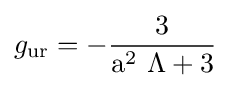
g_{\rm {ur}}={\rm {-{\frac {3}{a^{2}\ \Lambda +3}}}}